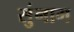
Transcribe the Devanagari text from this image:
सुंनाम